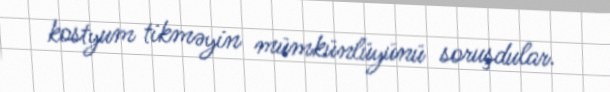
kostyum tikməyin mümkünlüyünü soruşdular.